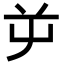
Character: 屰